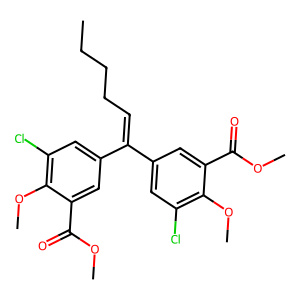
SMILES: CCCCC=C(c1cc(Cl)c(OC)c(C(=O)OC)c1)c1cc(Cl)c(OC)c(C(=O)OC)c1
Inhibits HIV replication: No